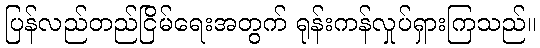
ပြန်လည်တည်ငြိမ်ရေးအတွက် ရုန်းကန်လှုပ်ရှားကြသည်။